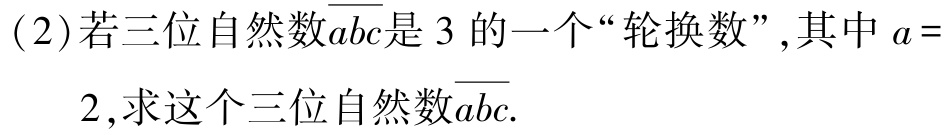
(2)若三位自然数\(\overline{abc}\)是\(3\)的一个“轮换数”,其中\(a = 2\),求这个三位自然数\(\overline{abc}\).